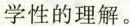
学性的理解。